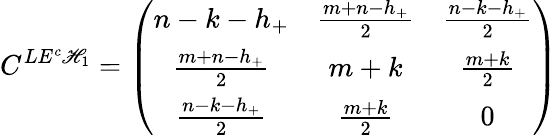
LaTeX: C^{LE^{c}\mathscr{H}_{1}}=\left(\begin{array}{ccc}{{n-k-h_{+}}}&{{\frac{m+n-h_{+}}{2}}}&{{\frac{n-k-h_{+}}{2}}}\\ {{\frac{m+n-h_{+}}{2}}}&{{m+k}}&{{\frac{m+k}{2}}}\\ {{\frac{n-k-h_{+}}{2}}}&{{\frac{m+k}{2}}}&{{0}}\end{array}\right)